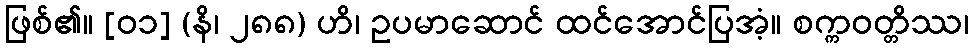
ဖြစ်၏။ [၀၁] (နိ၊ ၂၈၈) ဟိ၊ ဥပမာဆောင် ထင်အောင်ပြအံ့။ စက္ကဝတ္တိဿ၊